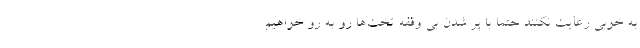
به خوبی رعایت نکنند حتما با پر شدن بی وقفه تخت‌ها رو به رو خواهیم